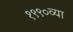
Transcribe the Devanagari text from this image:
१९९०व्या